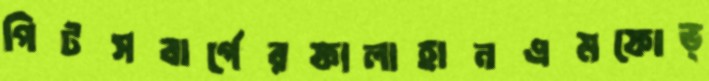
পিটসবার্গেরফালাহানএমফোভ্